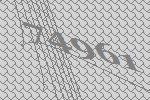
74961